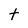
Character: t